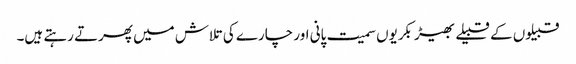
قبیلوں کے قبیلے بھیڑ بکریوں سمیت پانی اور چارے کی تلاش میں پھرتے رہتے ہیں۔